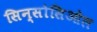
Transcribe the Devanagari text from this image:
सिन्सोसिओल